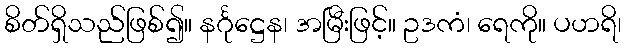
စိတ်ရှိသည်ဖြစ်၍။ နင်္ဂုဋ္ဌေန၊ အမြီးဖြင့်။ ဥဒကံ၊ ရေကို။ ပဟရိ၊